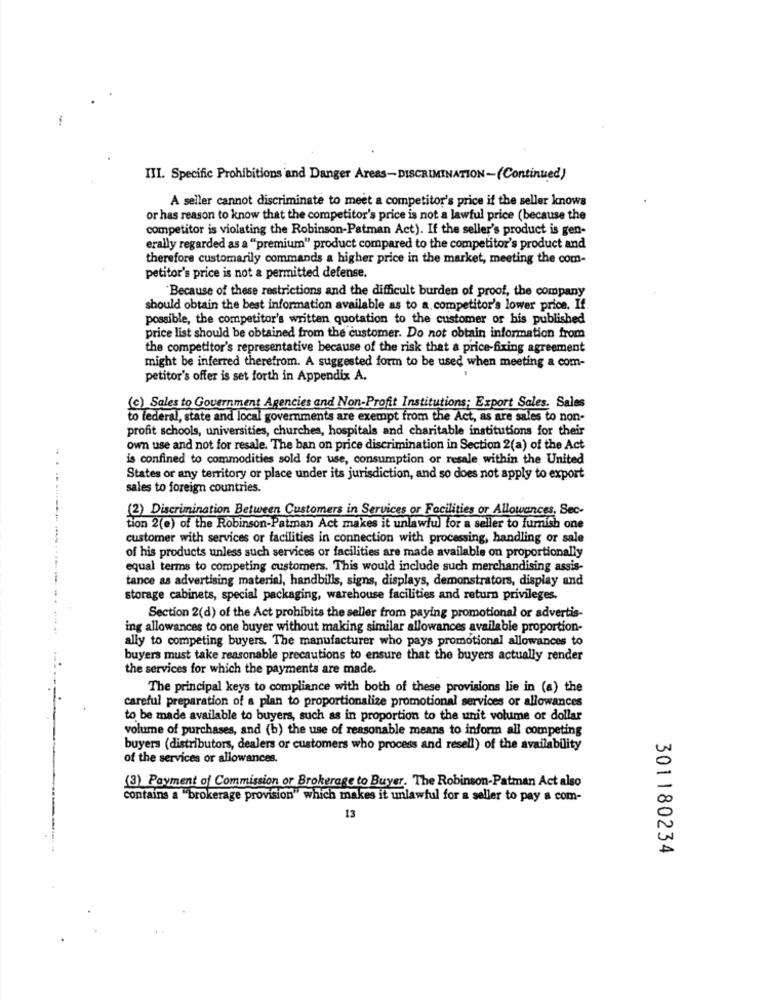
III. Specific Prohibitions and Danger Areas-DISCRIMINATION-(Continued)
A seller cannot discriminate to meet a competitor's price if the seller knows
or has reason to know that the competitor's price is not a lawful price (because the
competitor is violating the Robinson-Patman Act). If the seller's product is gen-
erally regarded as a "premium" product compared to the competitor's product and
therefore customarily commands a higher price in the market, meeting the com-
petitor's price is not a permitted defense.
Because of these restrictions and the difficult burden of proof, the company
should obtain the best information available as to a competitor's lower price. If
possible, the competitor's written quotation to the customer or his published
price list should be obtained from the customer. Do not obtain information from
the competitor's representative because of the risk that a price-fixing agreement
might be inferred therefrom. A suggested form to be used when meeting a com-
petitor's offer is set forth in Appendix A.
(c) Sales to Government Agencies and Non-Profit Institutions; Export Sales. Sales
to federal, state and local governments are exempt from the Act, as are sales to non-
profit schools, universities, churches, hospitals and charitable institutions for their
own use and not for resale. The ban on price discrimination in Section 2(a) of the Act
is confined to commodities sold for use, consumption or resale within the United
States or any territory or place under its jurisdiction, and so does not apply to export
sales to foreign countries.
(2) Discrimination Between Customers in Services or Facilities or Allowances, Sec-
tion 2(0) of the Robinson-Patman Act makes it unlawful for a seller to furnish one
customer with services or facilities in connection with processing, handling or sale
of his products unless such services or facilities are made available on proportionally
equal terms to competing customers. This would include such merchandising assis-
tance as advertising material, handbills, signs, displays, demonstrators, display and
storage cabinets, special packaging, warehouse facilities and return privileges.
Section 2(d) of the Act prohibits the seller from paying promotional or advertis-
ing allowances to one buyer without making similar allowances available proportion-
ally to competing buyers. The manufacturer who pays promotional allowances to
buyers must take reasonable precautions to ensure that the buyers actually render
the services for which the payments are made.
The principal keys to compliance with both of these provisions lie in (a) the
careful preparation of a plan to proportionalize promotional services or allowances
to be made available to buyers, such as in proportion to the unit volume or dollar
volume of purchases, and (b) the use of reasonable means to inform all competing
buyers (distributors, dealers or customers who process and resell) of the availability
of the services or allowances.
(3) Payment of Commission or Brokerage to Buyer. The Robinson-Patman Act also
contains a "brokerage provision" which makes it unlawful for a seller to pay a com-
13
301180234